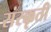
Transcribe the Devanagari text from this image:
संस्क्कृती